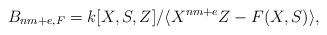
LaTeX: \begin{align*}B_{nm+e,F}=k[X,S,Z]/\langle X^{nm+e}Z-F(X,S)\rangle,\end{align*}